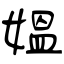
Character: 媪